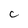
Character: C